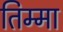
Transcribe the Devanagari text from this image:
तिम्मा